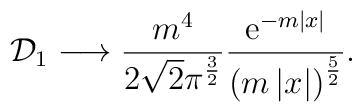
{\cal D}_1\longrightarrow\frac{m^4}{2\sqrt{2}\pi^{\frac32}}\frac{{\rm e}^{-m\left|x\right|}}{\left(m\left|x\right|\right)^{\frac52}}.